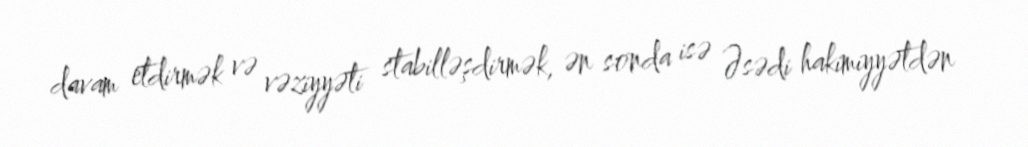
davam etdirmək və vəziyyəti stabilləşdirmək, ən sonda isə Əsədi hakimiyyətdən